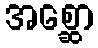
အစ္ဆော